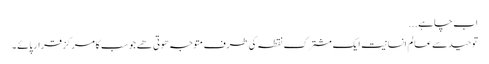
اب چاہے...
توحید سے عالم انسانیت ایک مشترک نقطہ کی طرف متوجہ ھوتی ھے جو سب کا مرکز قرار پائے ۔